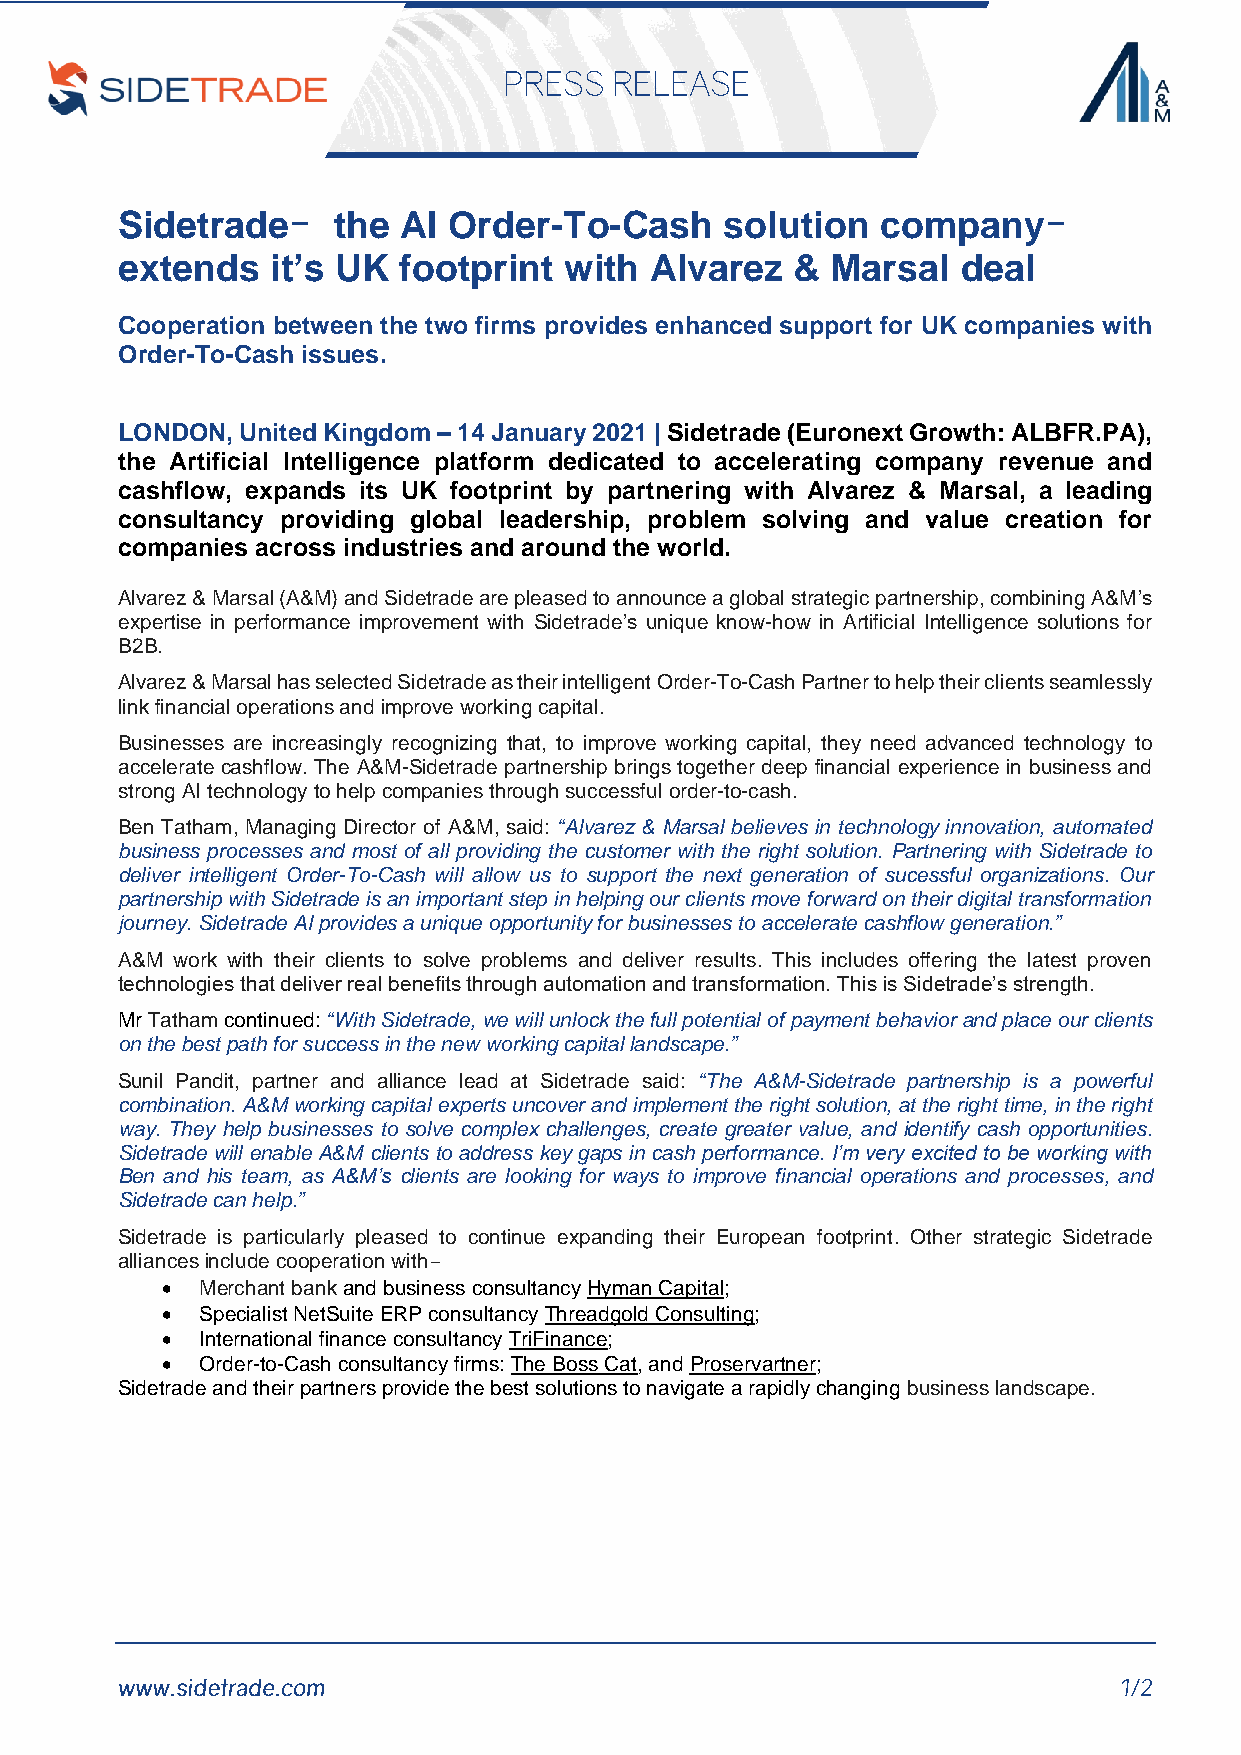
Sidetrade-    the  AI Order-To-Cash     solution  company-
 extends   it’s UK footprint  with  Alvarez  &  Marsal   deal
 Cooperation between the two firms provides enhanced support for UK companies with
 Order-To-Cash issues.
 LONDON, United Kingdom – 14 January 2021 | Sidetrade (Euronext Growth: ALBFR.PA),
 the Artificial Intelligence platform dedicated to accelerating company revenue and
 cashflow, expands its UK footprint by partnering with Alvarez & Marsal, a leading
 consultancy providing global leadership, problem solving and value creation for
 companies across industries and around the world.
 Alvarez & Marsal (A&M) and Sidetrade are pleased to announce a global strategic partnership, combining A&M’s
 expertise in performance improvement with Sidetrade’s unique know-how in Artificial Intelligence solutions for
 B2B.
 Alvarez & Marsal has selected Sidetrade as their intelligent Order-To-Cash Partner to help their clients seamlessly
 link financial operations and improve working capital.
 Businesses are increasingly recognizing that, to improve working capital, they need advanced technology to
 accelerate cashflow. The A&M-Sidetrade partnership brings together deep financial experience in business and
 strong AI technology to help companies through successful order-to-cash.
 Ben Tatham, Managing Director of A&M, said: “Alvarez & Marsal believes in technology innovation, automated
 business processes and most of all providing the customer with the right solution. Partnering with Sidetrade to
 deliver intelligent Order-To-Cash will allow us to support the next generation of sucessful organizations. Our
 partnership with Sidetrade is an important step in helping our clients move forward on their digital transformation
 journey. Sidetrade AI provides a unique opportunity for businesses to accelerate cashflow generation.”
 A&M work with their clients to solve problems and deliver results. This includes offering the latest proven
 technologies that deliver real benefits through automation and transformation. This is Sidetrade’s strength.
 Mr Tatham continued: “With Sidetrade, we will unlock the full potential of payment behavior and place our clients
 on the best path for success in the new working capital landscape.”
 Sunil Pandit, partner and alliance lead at Sidetrade said: “The A&M-Sidetrade partnership is a powerful
 combination. A&M working capital experts uncover and implement the right solution, at the right time, in the right
 way. They help businesses to solve complex challenges, create greater value, and identify cash opportunities.
 Sidetrade will enable A&M clients to address key gaps in cash performance. I’m very excited to be working with
 Ben and his team, as A&M’s clients are looking for ways to improve financial operations and processes, and
 Sidetrade can help.”
 Sidetrade is particularly pleased to continue expanding their European footprint. Other strategic Sidetrade
 alliances include cooperation with-
 • Merchant bank and business consultancy Hyman Capital;
 • Specialist NetSuite ERP consultancy Threadgold Consulting;
 • International finance consultancy TriFinance;
 • Order-to-Cash consultancy firms: The Boss Cat, and Proservartner;
 Sidetrade and their partners provide the best solutions to navigate a rapidly changing business landscape.